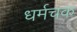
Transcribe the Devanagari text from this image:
धर्मचक